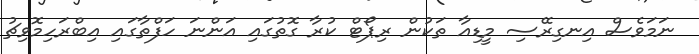
ނަމަވެސް އިނގިރޭސި މީޑިއާ ތަކުން ރިޕޯޓް ކުރާ ގޮތުގައި އަންނަ ހަފްތާގައި އިބްރަހިމޮވިޗު